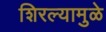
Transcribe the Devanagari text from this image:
शिरल्यामुळे